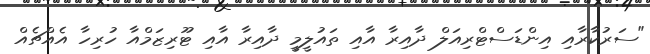
"ސަރުކާރާއި އިންޑަސްޓްރިއަލް ދާއިރާ އާއި ތައުލީމީ ދާއިރާ އާއި ޓޫރިޒަމްއާ ހުރިހާ އެއްޗެއް